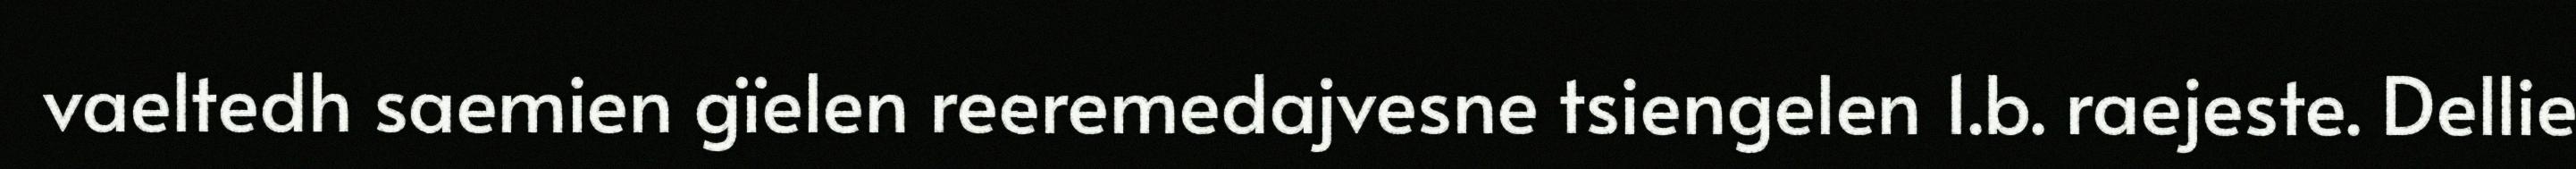
vaeltedh saemien gïelen reeremedajvesne tsiengelen 1.b. raejeste. Dellie